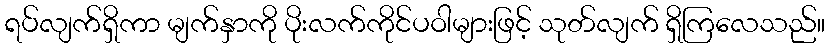
ရပ်လျက်ရှိကာ မျက်နှာကို ပိုးလက်ကိုင်ပဝါများဖြင့် သုတ်လျက် ရှိကြလေသည်။